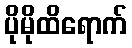
ပိုမိုထိရောက်